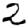
Digit: 2